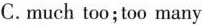
C .much too;too many